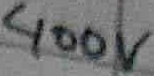
Text: 400V